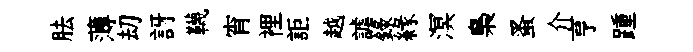
胠薄刧訝韈宵裡詎越謔録縁溟梟蚤介亨踵